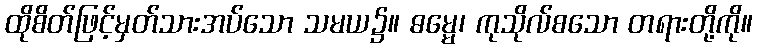
ထိုစိတ်ဖြင့်မှတ်သားအပ်သော သမယ၌။ ဓမ္မေ၊ ကုသိုလ်စသော တရားတို့ကို။